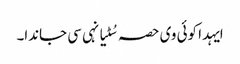
ایہدا کوئی وی حصہ سُٹیا نہی سی جاندا۔